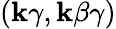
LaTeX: (\mathbf{k}\gamma,\mathbf{k}\beta\gamma)